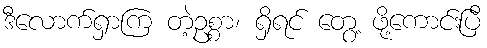
ဒီလောက်ရှာကြ တဲ့ဥစ္စာ၊ ရှိရင် တွေ့ ဖို့ကောင်းပြီ